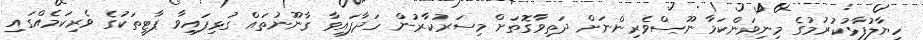
ހިޔާލުފާޅުކުރުމުގެ މިނިވަންކަމާ ނޫސްވެރިންނަށް ދަތިވާގޮތަށް މިސަރުކާރުން ހަދާފައިވާ ގާނޫނުތައް ގުޅިފައިވާ ޕާޓީތަކުގެ ވެރިކަމެއްގައި